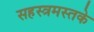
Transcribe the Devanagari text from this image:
सहस्त्रमस्तके